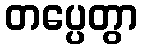
တပ္ပေတွာ